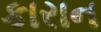
કારાન